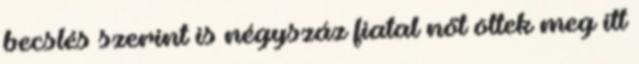
becslés szerint is négyszáz fiatal nőt öltek meg itt